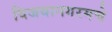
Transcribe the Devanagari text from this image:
विजयानगरमचे